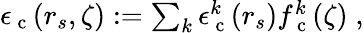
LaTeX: \begin{array}{r}{\epsilon_{\mathrm{~c~}}(r_{s},\zeta):=\sum_{k}\epsilon_{\mathrm{~c~}}^{k}(r_{s})f_{\mathrm{~c~}}^{k}(\zeta)\; ,}\end{array}